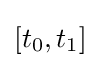
[t_{0},t_{1}]